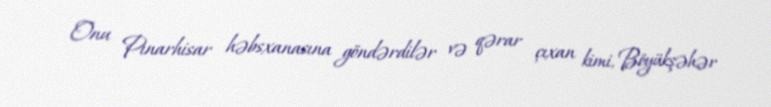
Onu Pınarhisar həbsxanasına göndərdilər və qərar çıxan kimi, Böyükşəhər